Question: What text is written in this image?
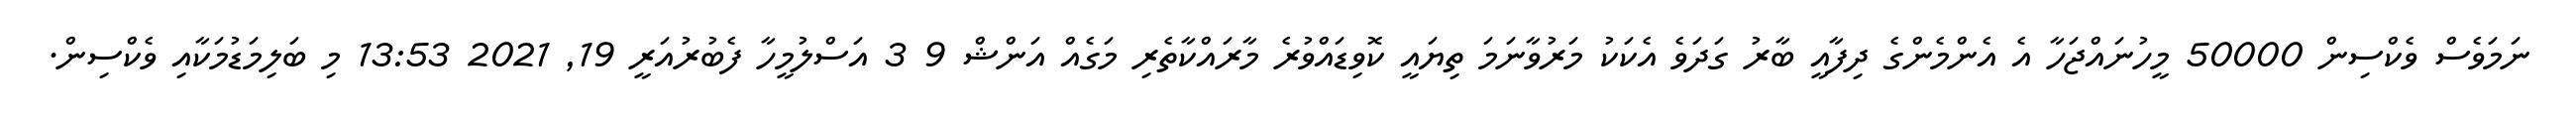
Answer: ނަމަވެސް ވެކްސިން 50000 މީހުނައްޖަހާ އެ އެންމެންގެ ދިފާއީ ބާރު ގަދަވެ އެކަކު މަރުވާނަމަ ތިޔައީ ކޮވިޑައްވުރެ މާރައްކާތެރި މަގެއް އަންޝް 9 3 އަސްލުމީހާ ފެބުރުއަރީ 19, 2021 13:53 މި ބަލިމަޑުމަކާއި ވެކްސިން.